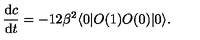
{ \frac { \mathrm { d } c } { \mathrm { d } t } } = - 1 2 \beta ^ { 2 } \langle 0 | O ( 1 ) O ( 0 ) | 0 \rangle .